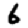
Digit: 6